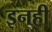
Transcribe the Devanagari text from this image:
इनही